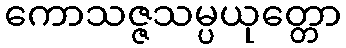
ကောသဇ္ဇသမ္ပယုတ္တော